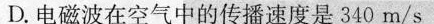
D.电磁波在空气中的传播速度是340m/s